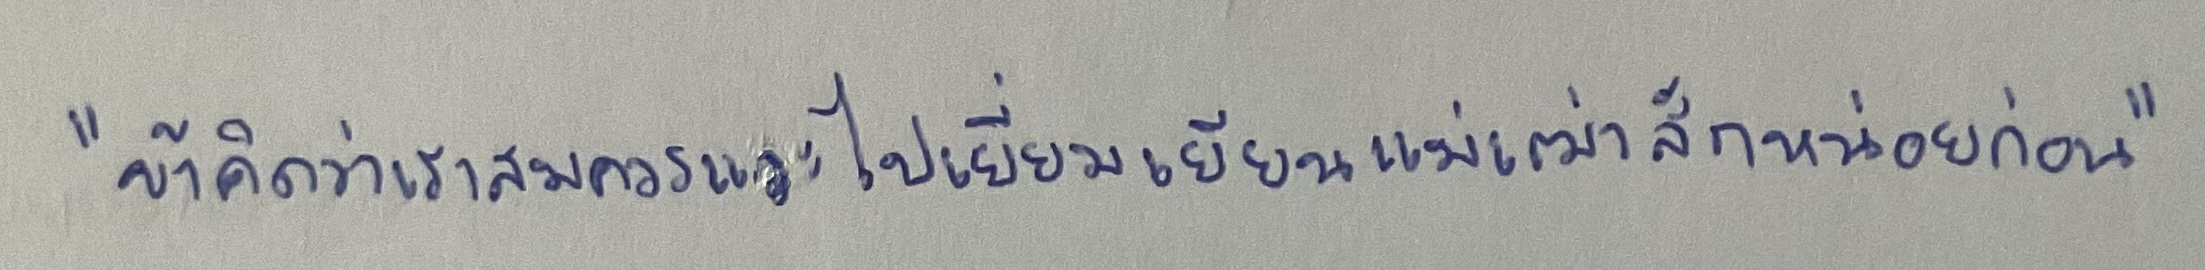
"ข้าคิดว่าเราสมควรแวะไปเยี่ยมเยียนแม่เฒ่าสักหน่อยก่อน"